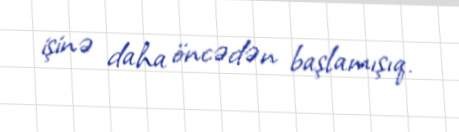
işinə daha öncədən başlamışıq.